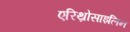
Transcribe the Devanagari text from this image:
एरिथ्रोसाइलिन